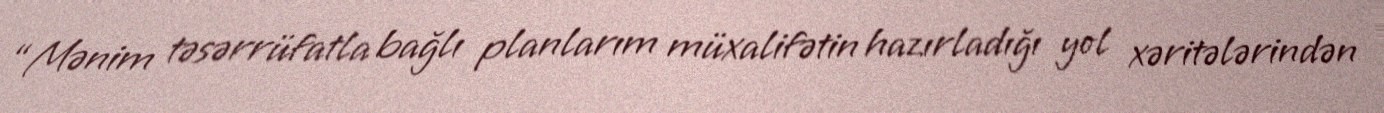
“Mənim təsərrüfatla bağlı planlarım müxalifətin hazırladığı yol xəritələrindən